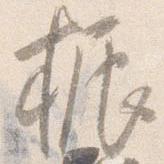
振